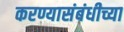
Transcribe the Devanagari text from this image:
करण्यासंबंधीच्या